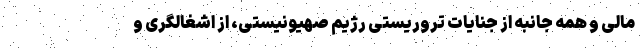
مالی و همه جانبه از جنایات تروریستی رژیم صهیونیستی، از اشغالگری و